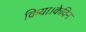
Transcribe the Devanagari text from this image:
किया।केविन